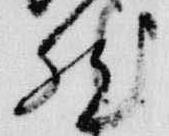
然